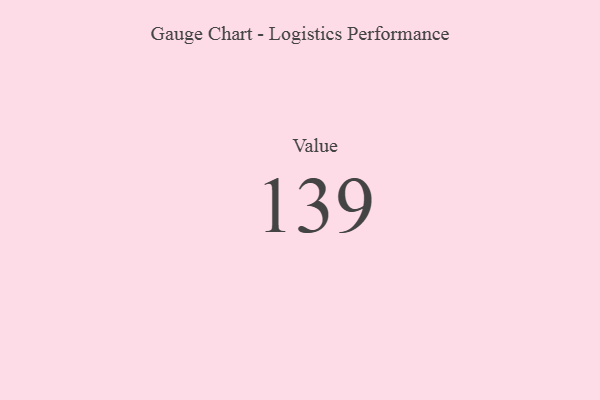
{"axis": {"x": "Metric", "y": "Value"}, "legend": [""], "data": [{"x": "Value", "y": 139, "type": ""}]}